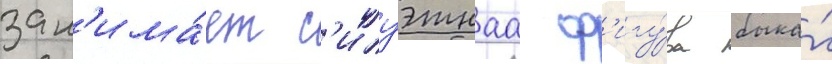
зан'има́ет с'илуэтнаа ф'игу́ра быка́